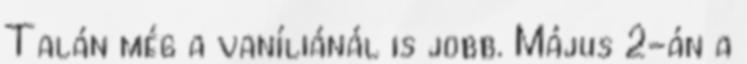
Talán még a vaníliánál is jobb. Május 2-án a